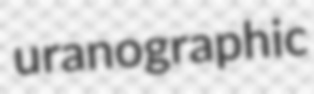
uranographic